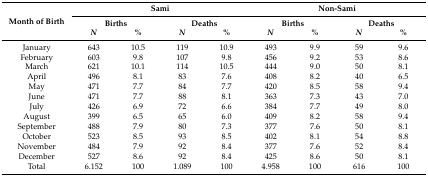
| <ROWSPAN=3> Month of Birth | <COLSPAN=4> Sami | <COLSPAN=4> Non-Sami |
 | <COLSPAN=2> Births | <COLSPAN=2> Deaths | <COLSPAN=2> Births | <COLSPAN=2> Deaths |
 | N | % | N | % | N | % | N | % |
 | --- | --- | --- | --- | --- | --- | --- | --- | --- |
 | January | 643 | 10.5 | 119 | 10.9 | 493 | 9.9 | 59 | 9.6 |
 | February | 603 | 9.8 | 107 | 9.8 | 456 | 9.2 | 53 | 8.6 |
 | March | 621 | 10.1 | 114 | 10.5 | 444 | 9.0 | 50 | 8.1 |
 | April | 496 | 8.1 | 83 | 7.6 | 408 | 8.2 | 40 | 6.5 |
 | May | 471 | 7.7 | 84 | 7.7 | 420 | 8.5 | 58 | 9.4 |
 | June | 471 | 7.7 | 88 | 8.1 | 363 | 7.3 | 43 | 7.0 |
 | July | 426 | 6.9 | 72 | 6.6 | 384 | 7.7 | 49 | 8.0 |
 | August | 399 | 6.5 | 65 | 6.0 | 409 | 8.2 | 58 | 9.4 |
 | September | 488 | 7.9 | 80 | 7.3 | 377 | 7.6 | 50 | 8.1 |
 | October | 523 | 8.5 | 93 | 8.5 | 402 | 8.1 | 54 | 8.8 |
 | November | 484 | 7.9 | 92 | 8.4 | 377 | 7.6 | 52 | 8.4 |
 | December | 527 | 8.6 | 92 | 8.4 | 425 | 8.6 | 50 | 8.1 |
 | Total | 6.152 | 100 | 1.089 | 100 | 4.958 | 100 | 616 | 100 |